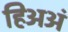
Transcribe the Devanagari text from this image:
हिअअं